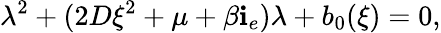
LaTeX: \lambda^{2}+(2D\xi^{2}+\mu+\beta\mathbf{i}_{e})\lambda+b_{0}(\xi)=0,